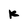
Character: K